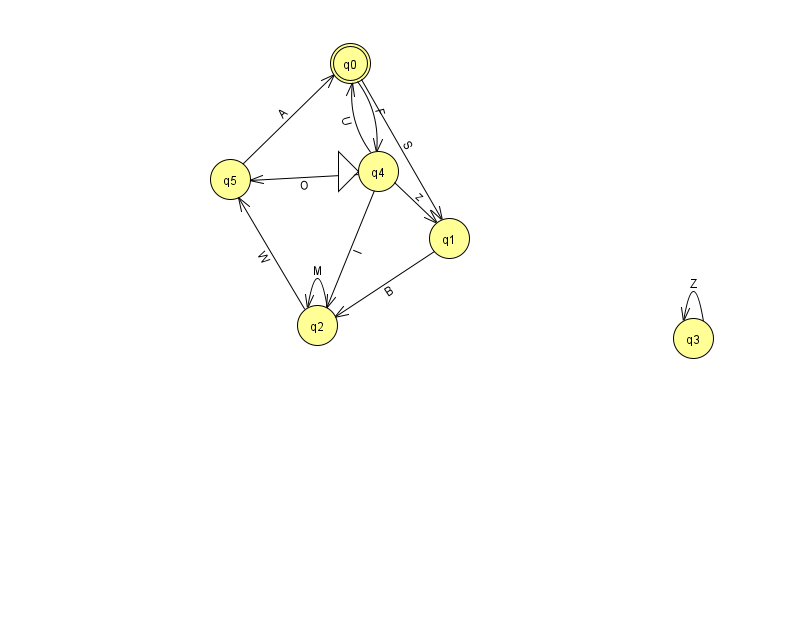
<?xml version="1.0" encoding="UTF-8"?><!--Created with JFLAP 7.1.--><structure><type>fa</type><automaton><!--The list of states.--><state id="0" name="q0"><x>350.0</x><y>50.0</y><final/></state><state id="1" name="q1"><x>449.0</x><y>225.0</y></state><state id="2" name="q2"><x>317.0</x><y>312.0</y></state><state id="3" name="q3"><x>693.0</x><y>325.0</y></state><state id="4" name="q4"><x>378.0</x><y>158.0</y><initial/></state><state id="5" name="q5"><x>230.0</x><y>166.0</y></state><!--The list of transitions.--><transition><from>4</from><to>5</to><read>O</read></transition><transition><from>1</from><to>2</to><read>B</read></transition><transition><from>5</from><to>0</to><read>A</read></transition><transition><from>4</from><to>0</to><read>U</read></transition><transition><from>4</from><to>1</to><read>z</read></transition><transition><from>3</from><to>3</to><read>Z</read></transition><transition><from>4</from><to>2</to><read>I</read></transition><transition><from>0</from><to>4</to><read>F</read></transition><transition><from>2</from><to>5</to><read>W</read></transition><transition><from>0</from><to>1</to><read>S</read></transition><transition><from>2</from><to>2</to><read>M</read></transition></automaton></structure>